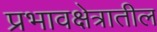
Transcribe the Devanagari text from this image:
प्रभावक्षेत्रातील